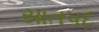
સાતપદ